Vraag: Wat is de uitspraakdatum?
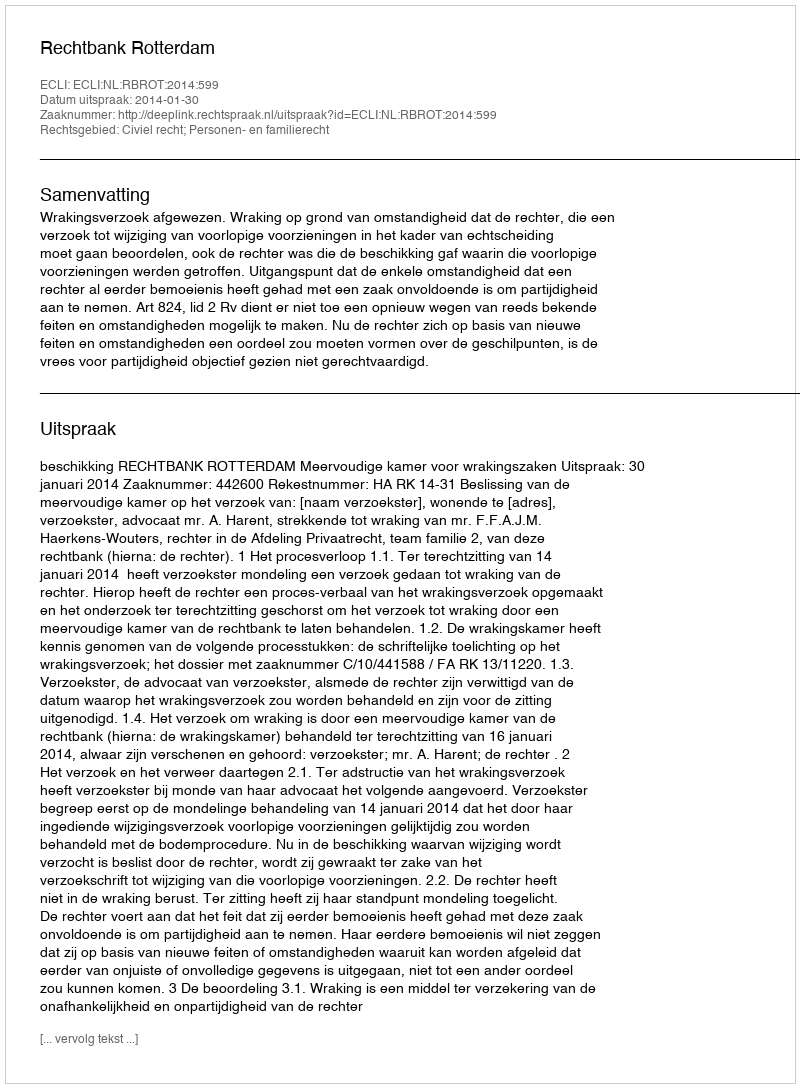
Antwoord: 2014-01-30